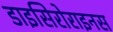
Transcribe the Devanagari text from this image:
डाइसिरोराइनस